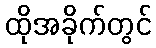
ထိုအခိုက်တွင်